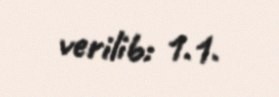
verilib: 1.1.